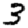
Digit: 3